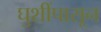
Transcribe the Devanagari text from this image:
घुशींपासून